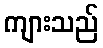
ကျားသည်